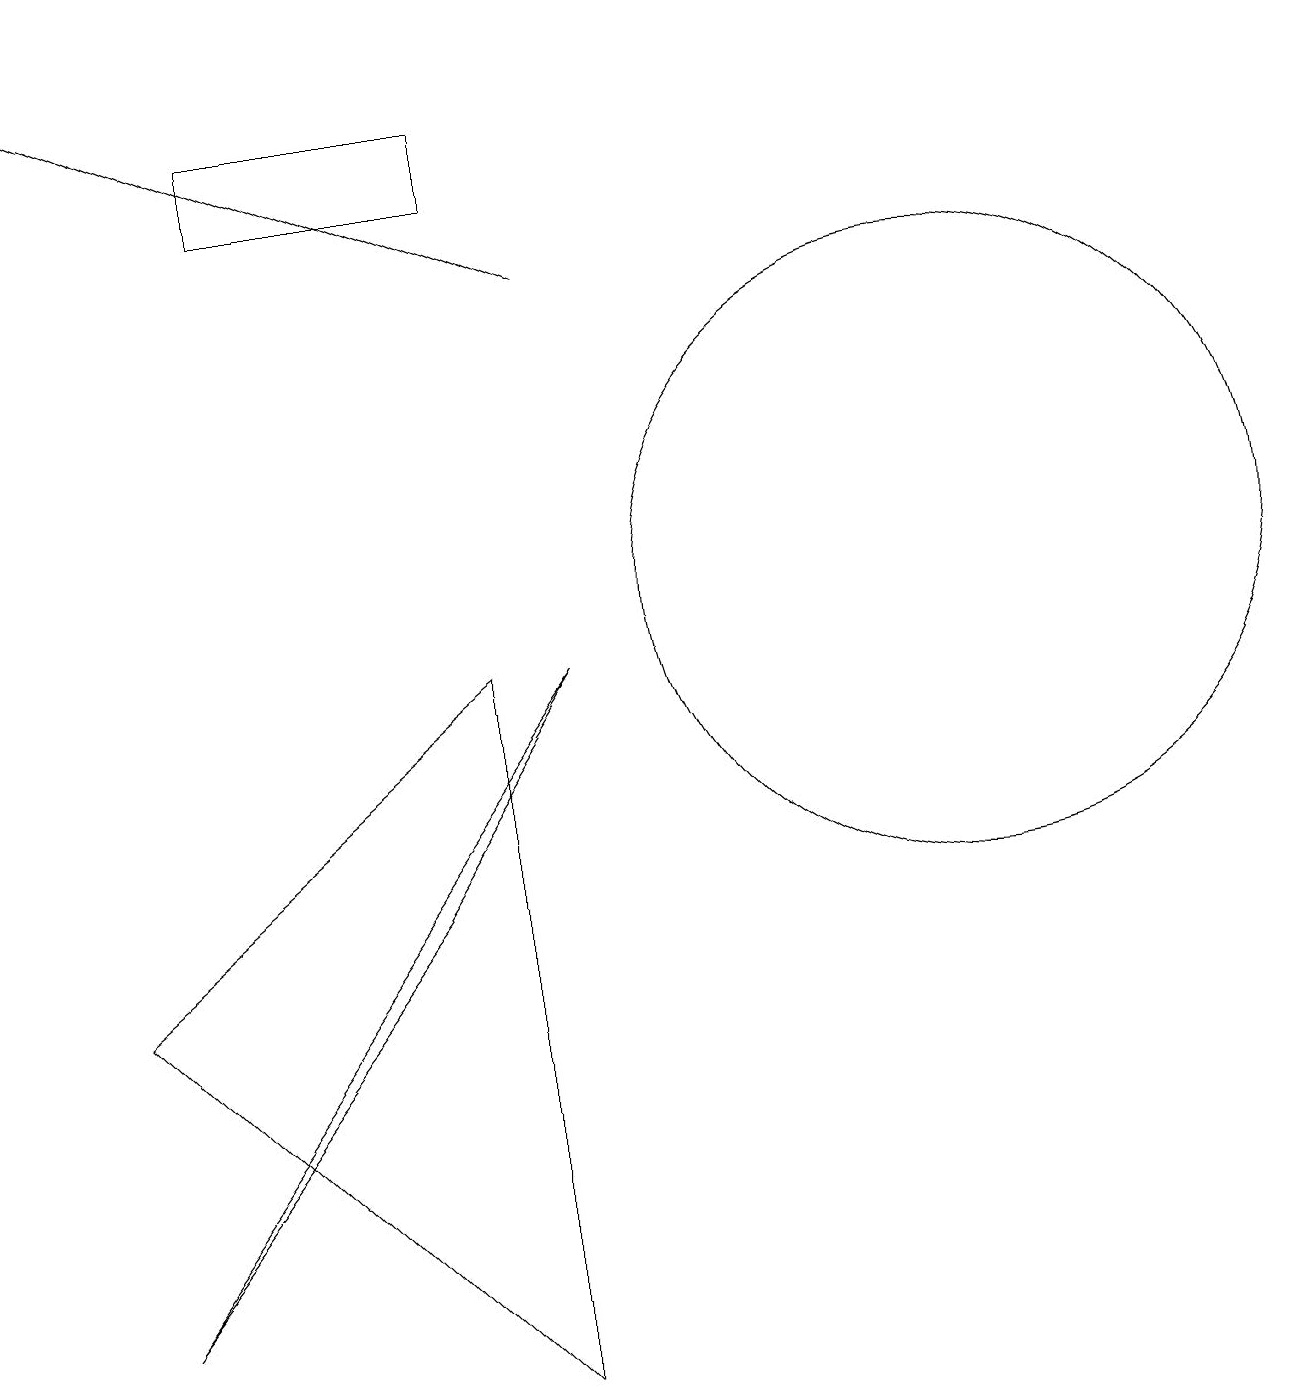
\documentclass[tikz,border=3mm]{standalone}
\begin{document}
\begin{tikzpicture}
\draw (3,16) rectangle (6,15);
\draw (1,1) -- (7,9) -- (5,6) -- cycle;
\draw[->] (7,14) -- (0,17);
\draw (1,5) -- (6,0) -- (6,9) -- cycle;
\draw (12,10) circle (4);
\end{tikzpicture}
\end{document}